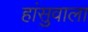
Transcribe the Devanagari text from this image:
हांसुवाला